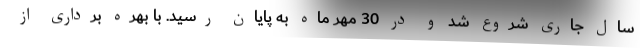
سال جاری شروع شد و در 30 مهر ماه به پایان رسید. با بهره برداری از